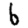
Digit: 6